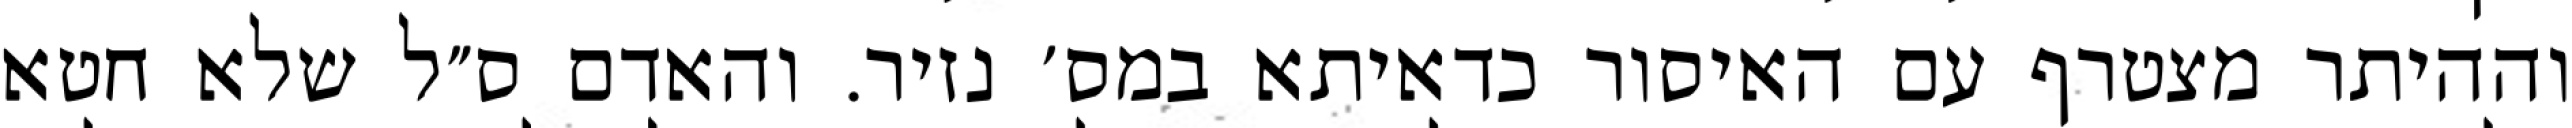
וההיתר מצטרף עם האיסור כדאיתא במס׳ נזיר. והאדם ס״ל שלא חטא